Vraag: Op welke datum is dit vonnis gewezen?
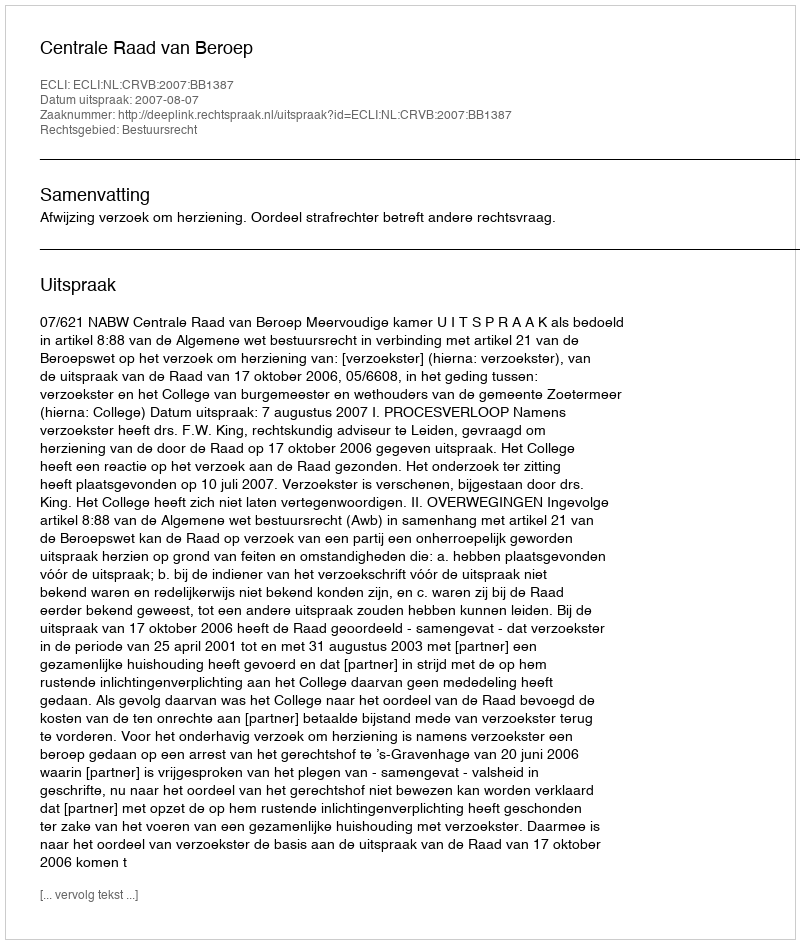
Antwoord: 2007-08-07